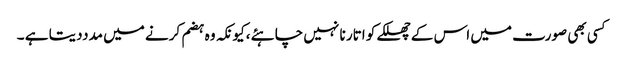
کسی بھی صورت میں اس کے چھلکے کو اتار نا نہیں چاہئے ،کیونکہ وہ ہضم کرنے میں مدددیتا ہے ۔